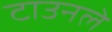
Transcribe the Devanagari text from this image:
टाउनले